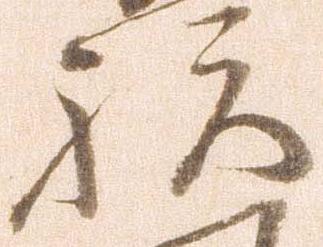
祝